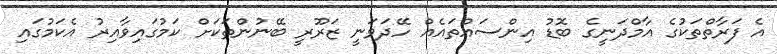
އެ ފަރާތްތަކުގެ އާމްދަނީގެ ބޮޑު އިންސައްތައެއް ހޭދަވަނީ ޒަރޫރީ ބޭނުންތަކަށް ކަމުގައިވާއިރު އެކަމުގައި